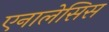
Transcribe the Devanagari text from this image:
एनालेसिस